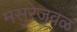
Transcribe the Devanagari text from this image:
मसुरेजवळ